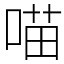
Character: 喵